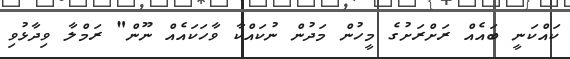
ކައްކަނީ ބައެއް ރަށްރަށުގެ މީހުން މަދުން ނުކައްކާ ވާހަކައެއް ނޫން" ރަމްލާ ވިދާޅުވި